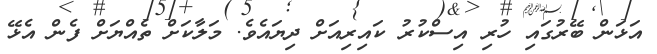
އަޅަން ބޭރުގައި ހުރި އިސްކުރު ކައިރިއަށް ދިޔައެވެ. މަލާކަށް ތެއްޔަށް ފެން އެޅޭ